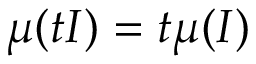
\mu ( t I ) = t \mu ( I )